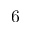
6